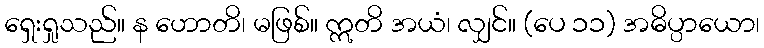
ရှေးရှုသည်။ န ဟောတိ၊ မဖြစ်။ ဣတိ အယံ၊ လျှင်။ (ပေ ၁၁) အဓိပ္ပာယော၊